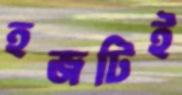
হজটিই